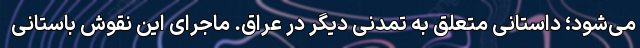
می‌شود؛ داستانی متعلق به تمدنی دیگر در عراق. ماجرای این نقوش باستانی